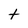
Character: t